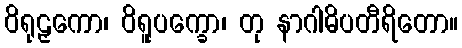
ဝိရုဠှကော၊ ဝိရူပက္ခော၊ တု နာဂါဓိပတီရိတော။